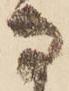
な